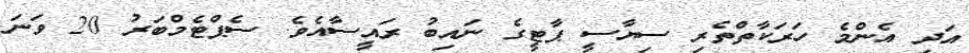
އަދި އެންމެ ހަރަކާތްތެރި ސިޔާސީ ޕާޓީގެ ނައިބު ރައީސާއެެވެ. ސެޕްޓެމްބަރު 20 ވަނަ